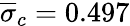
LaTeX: \overline{{\sigma}}_{c}=0.497